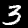
Label: 3